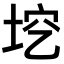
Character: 𡋉